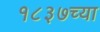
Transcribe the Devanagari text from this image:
१८३७च्या